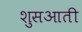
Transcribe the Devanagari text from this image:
शुसआती